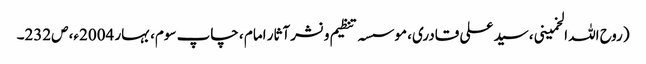
(روح اللہ الخمینی، سید علی قادری، موسسہ تنظیم و نشر آثار امام ، چاپ سوم، بہار 2004ء، ص232۔